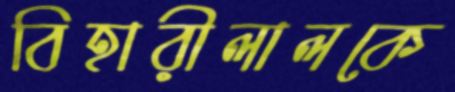
বিহারীলালকে